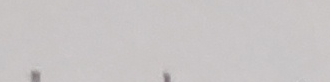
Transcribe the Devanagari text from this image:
अ